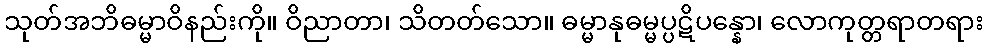
သုတ်အဘိဓမ္မာဝိနည်းကို။ ဝိညာတာ၊ သိတတ်သော။ ဓမ္မာနုဓမ္မပ္ပဋိပန္နော၊ လောကုတ္တရာတရား